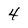
Character: 4